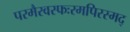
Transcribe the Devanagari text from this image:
परमैरवस्फःरमपिरस्मद्